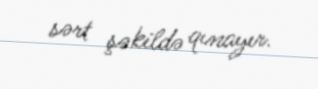
sərt şəkildə qınayır.